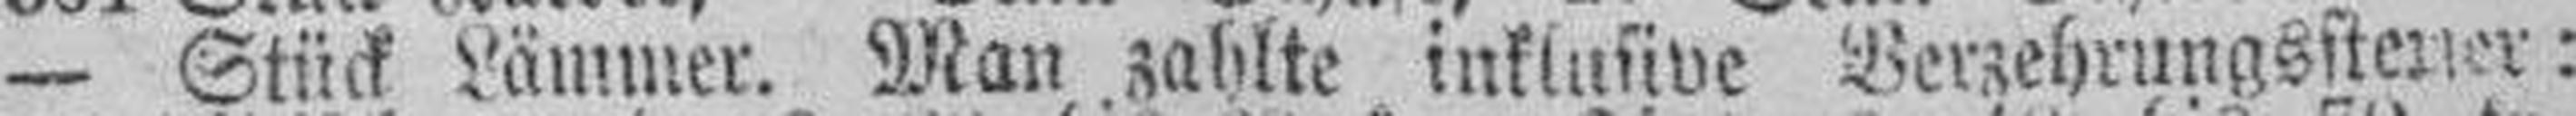
— Stück Lämmer. Man zahlte inklusive Verzehrungssteuer: